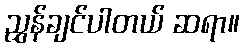
ညွှန်ချင်ပါတယ် ဆရာ။